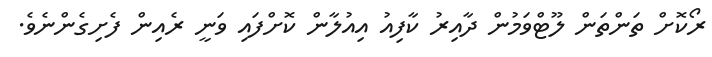
ރޯކޮށް ތަންތަން ލޫޓްވަމުން ދާއިރު ކާފިއު އިއުލާން ކޮށްފައި ވަނީ ރެއިން ފެށިގެންނެވެ.